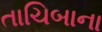
તાચિબાના